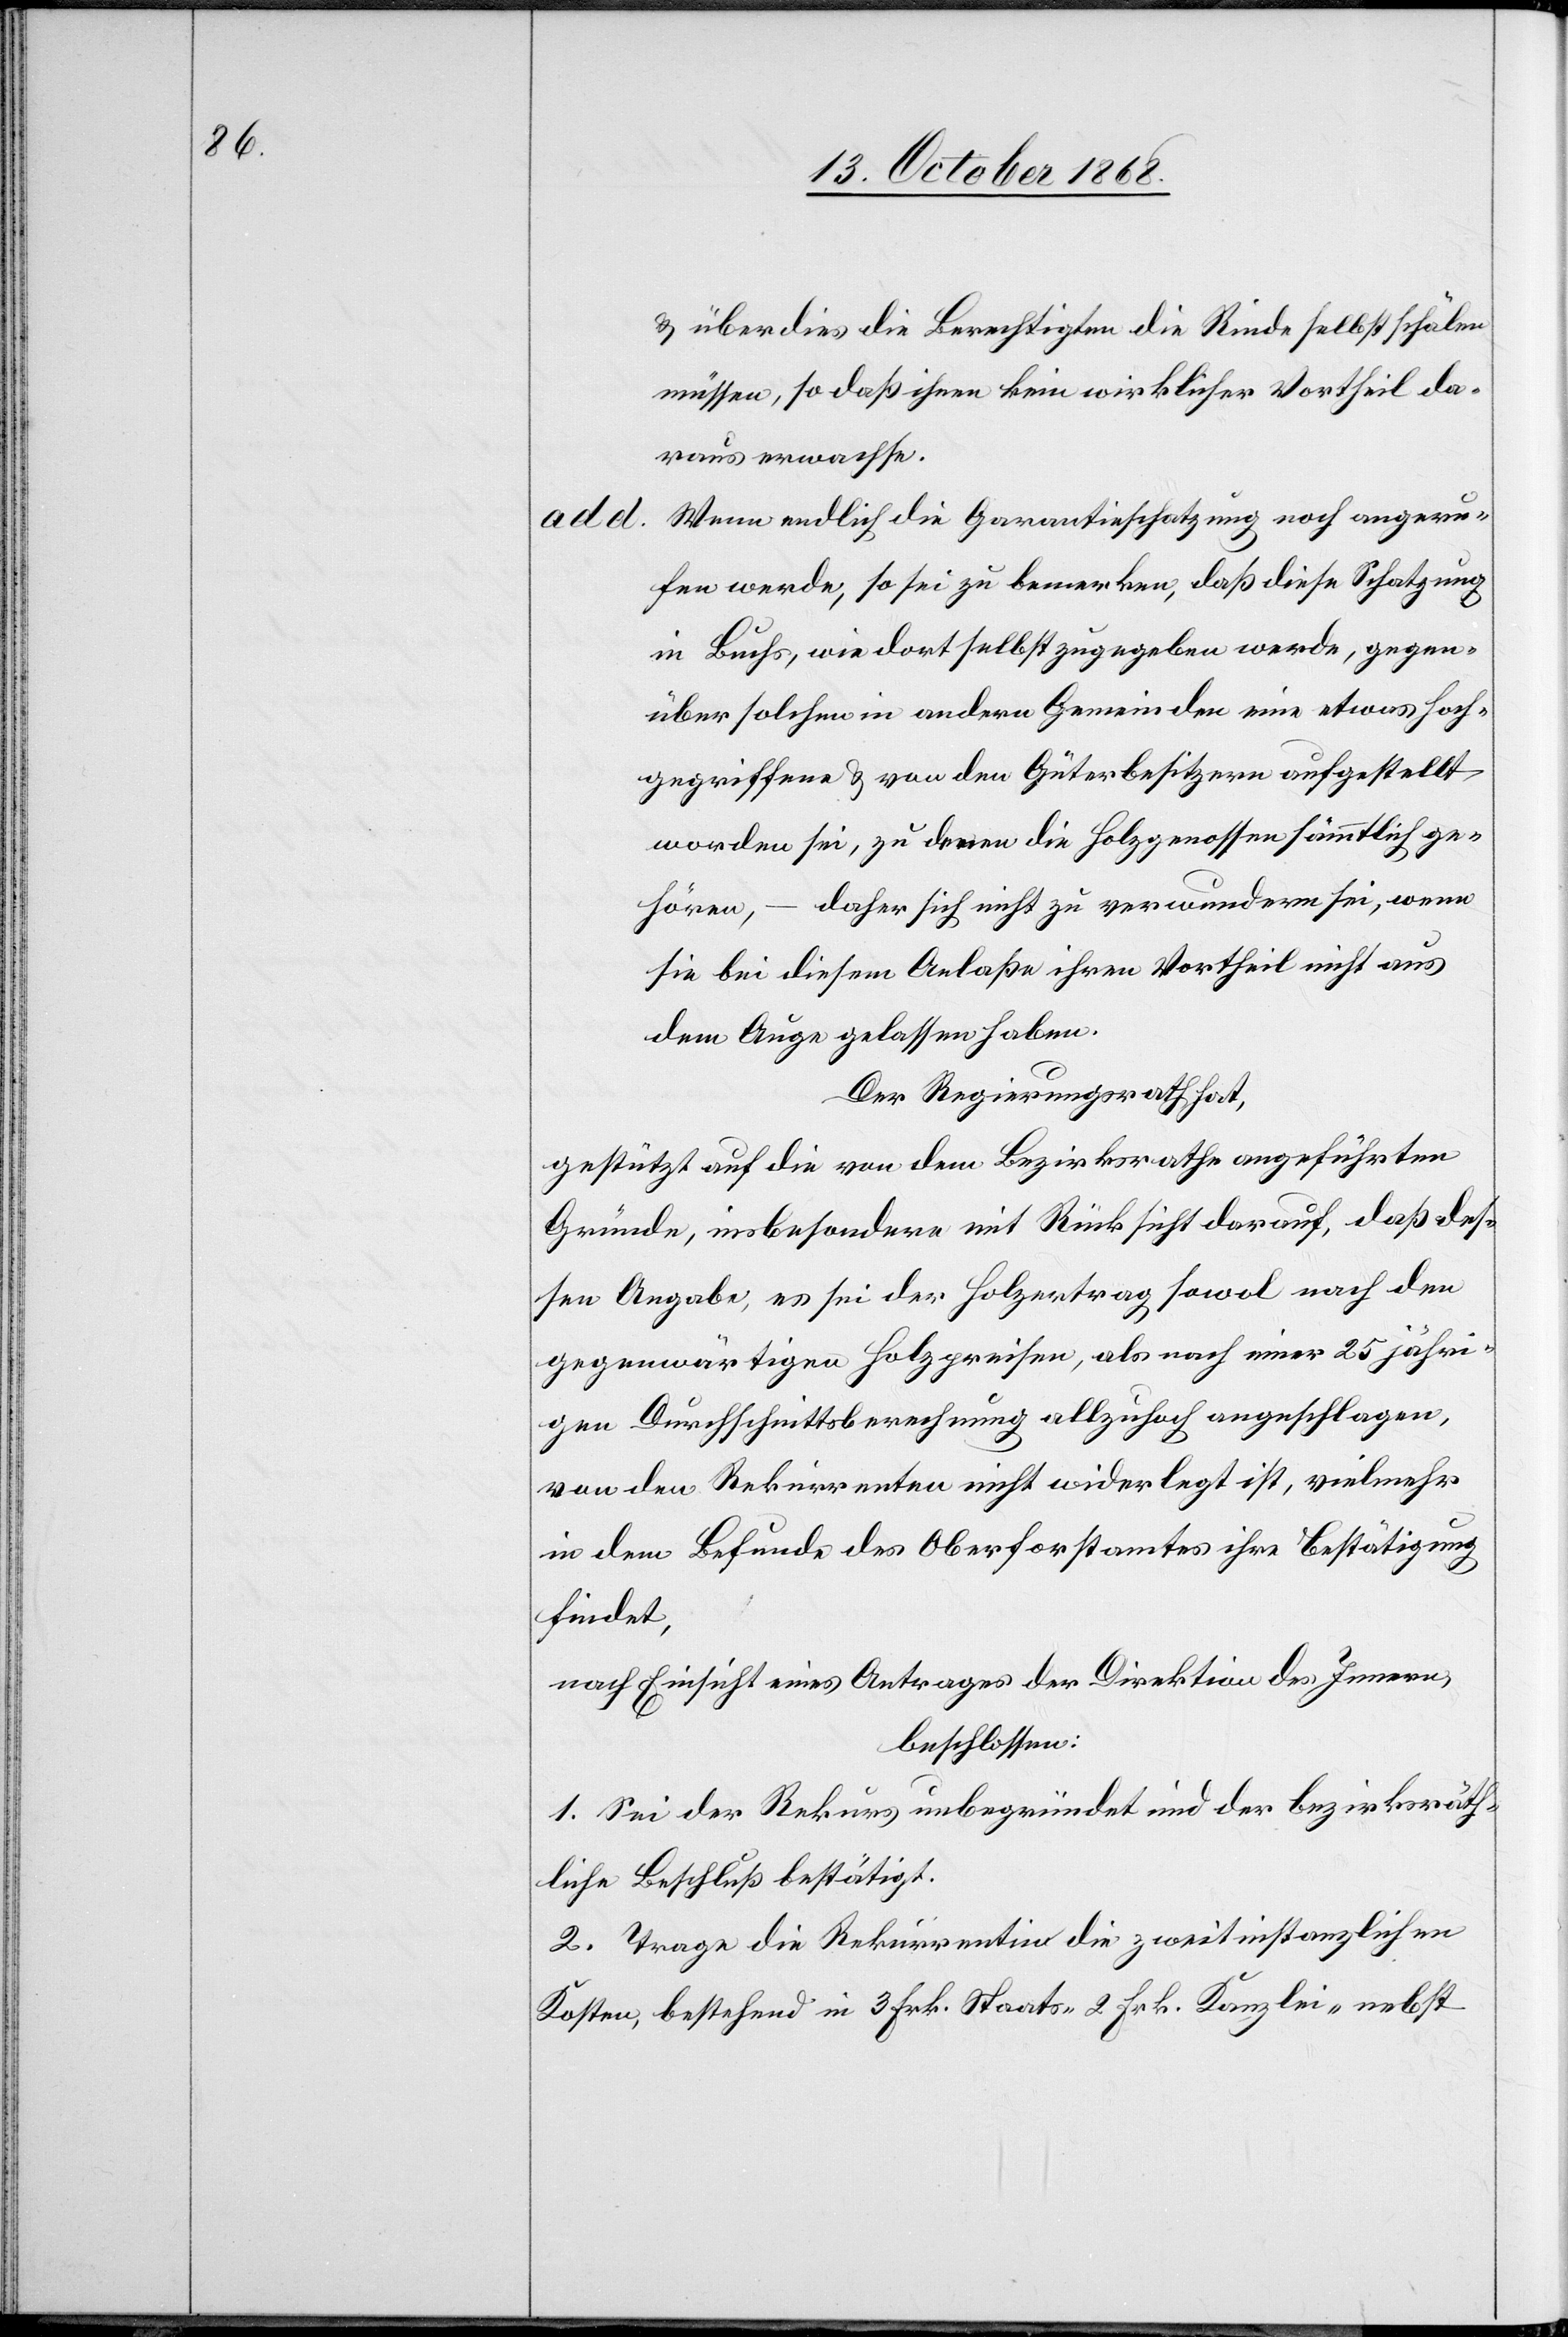
& überdies die Berechtigten die Rinde selbst schälen
müssen, so daß ihnen kein wirklicher Vortheil da¬
raus erwachse.
Wenn endlich die Garantieschatzung noch angeru¬
fen werde, so sei zu bemerken, daß diese Schatzung
in Buchs, wie dort selbst zugegeben werde, gegen¬
über solchen in andern Gemeinden eine etwas hoch¬
gegriffene & von den Güterbesitzern aufgestellt
worden sei, zu denen die Holzgenossen sämmtlich ge¬
hören, – daher sich nicht zu verwundern sei, wenn
sie bei diesem Anlaße ihren Vortheil nicht aus
dem Auge gelassen haben.
Der Regierungsrath hat,
gestützt auf die von dem Bezirksrathe angeführten
Gründe, insbesondere mit Rücksicht darauf, daß des¬
sen Angabe, es sei der Holzertrag sowol nach den
gegenwärtigen Holzpreisen, als nach einer 25 jähri¬
gen Durchschnittsberechnung allzuhoch angeschlagen,
von den Rekurrenten nicht widerlegt ist, vielmehr
in dem Befunde des Oberforstamtes ihre Bestätigung
findet,
nach Einsicht eines Antrages der Direktion des Innern,
beschlossen:
1. Sei der Rekurs unbegründet und der bezirksräth¬
liche Beschluß bestätigt.
2. Trage die Rekurrentin die zweitinstanzlichen
Kosten, bestehend in 3 Frk. Staats-[,] 2 Frk. Kanzlei-[,] nebst